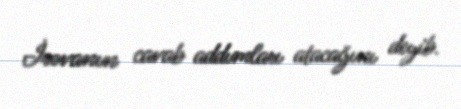
İrəvanın cavab addımları atacağını deyib.